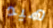
هيد